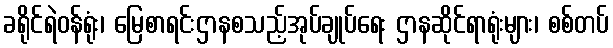
ခရိုင်ရဲဝန်ရုံး၊ မြေစာရင်းဌာနစသည့်အုပ်ချုပ်ရေး ဌာနဆိုင်ရာရုံးများ၊ စစ်တပ်